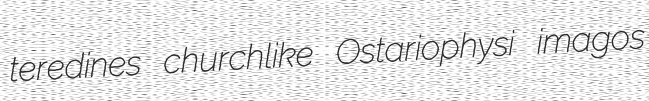
teredines churchlike Ostariophysi imagos